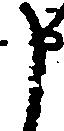
申